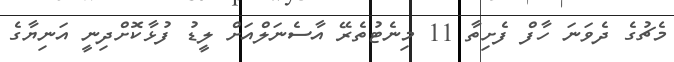
މެޗުގެ ދެވަނަ ހާފް ފެށިތާ 11 މިނެޓުތެރޭ އާސެނަލްއަށް ލީޑު ފުޅާކޮށްދިނީ އަނިޔާގެ